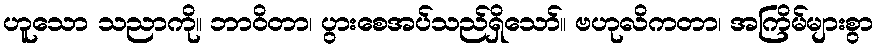
ဟူသော သညာကို။ ဘာဝိတာ၊ ပွားစေအပ်သည်ရှိသော်။ ဗဟုလိကတာ၊ အကြိမ်များစွာ